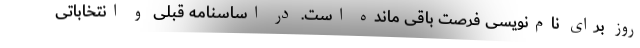
روز برای نام‌نویسی فرصت باقی مانده است. در اساسنامه قبلی و انتخاباتی